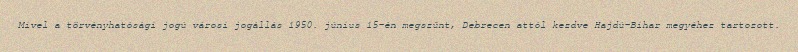
Mivel a törvényhatósági jogú városi jogállás 1950. június 15-én megszűnt, Debrecen attól kezdve Hajdú-Bihar megyéhez tartozott.